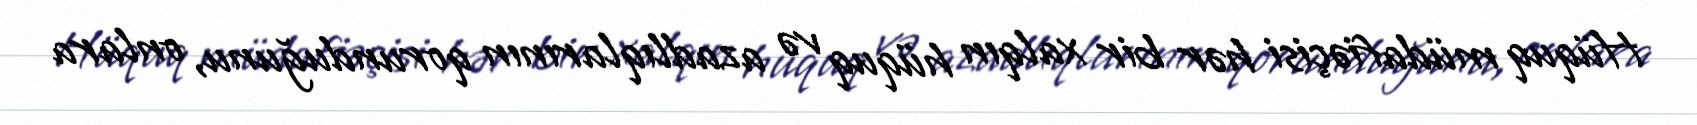
Hüquq müdafiəçisi hər bir xalqın hüquq və azadlıqlarının qorunduğunu, onlara